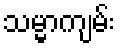
သမ္မာကျမ်း